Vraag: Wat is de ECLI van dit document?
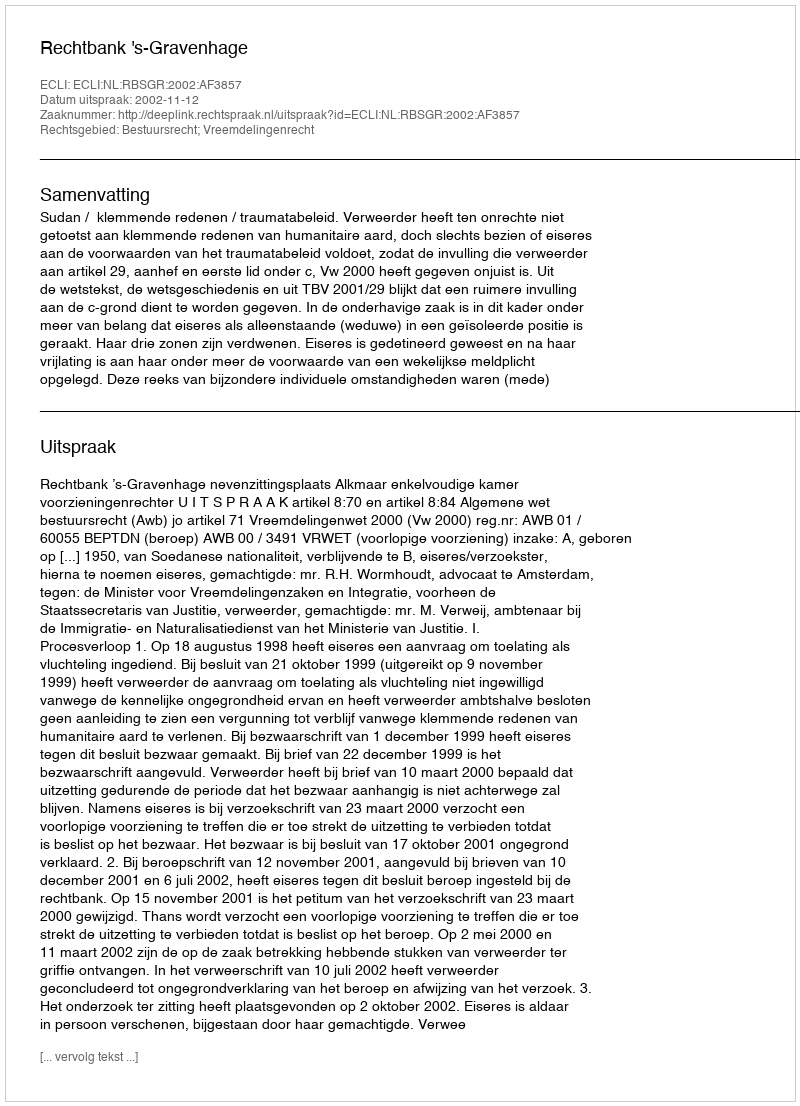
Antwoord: ECLI:NL:RBSGR:2002:AF3857